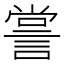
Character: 𧨲